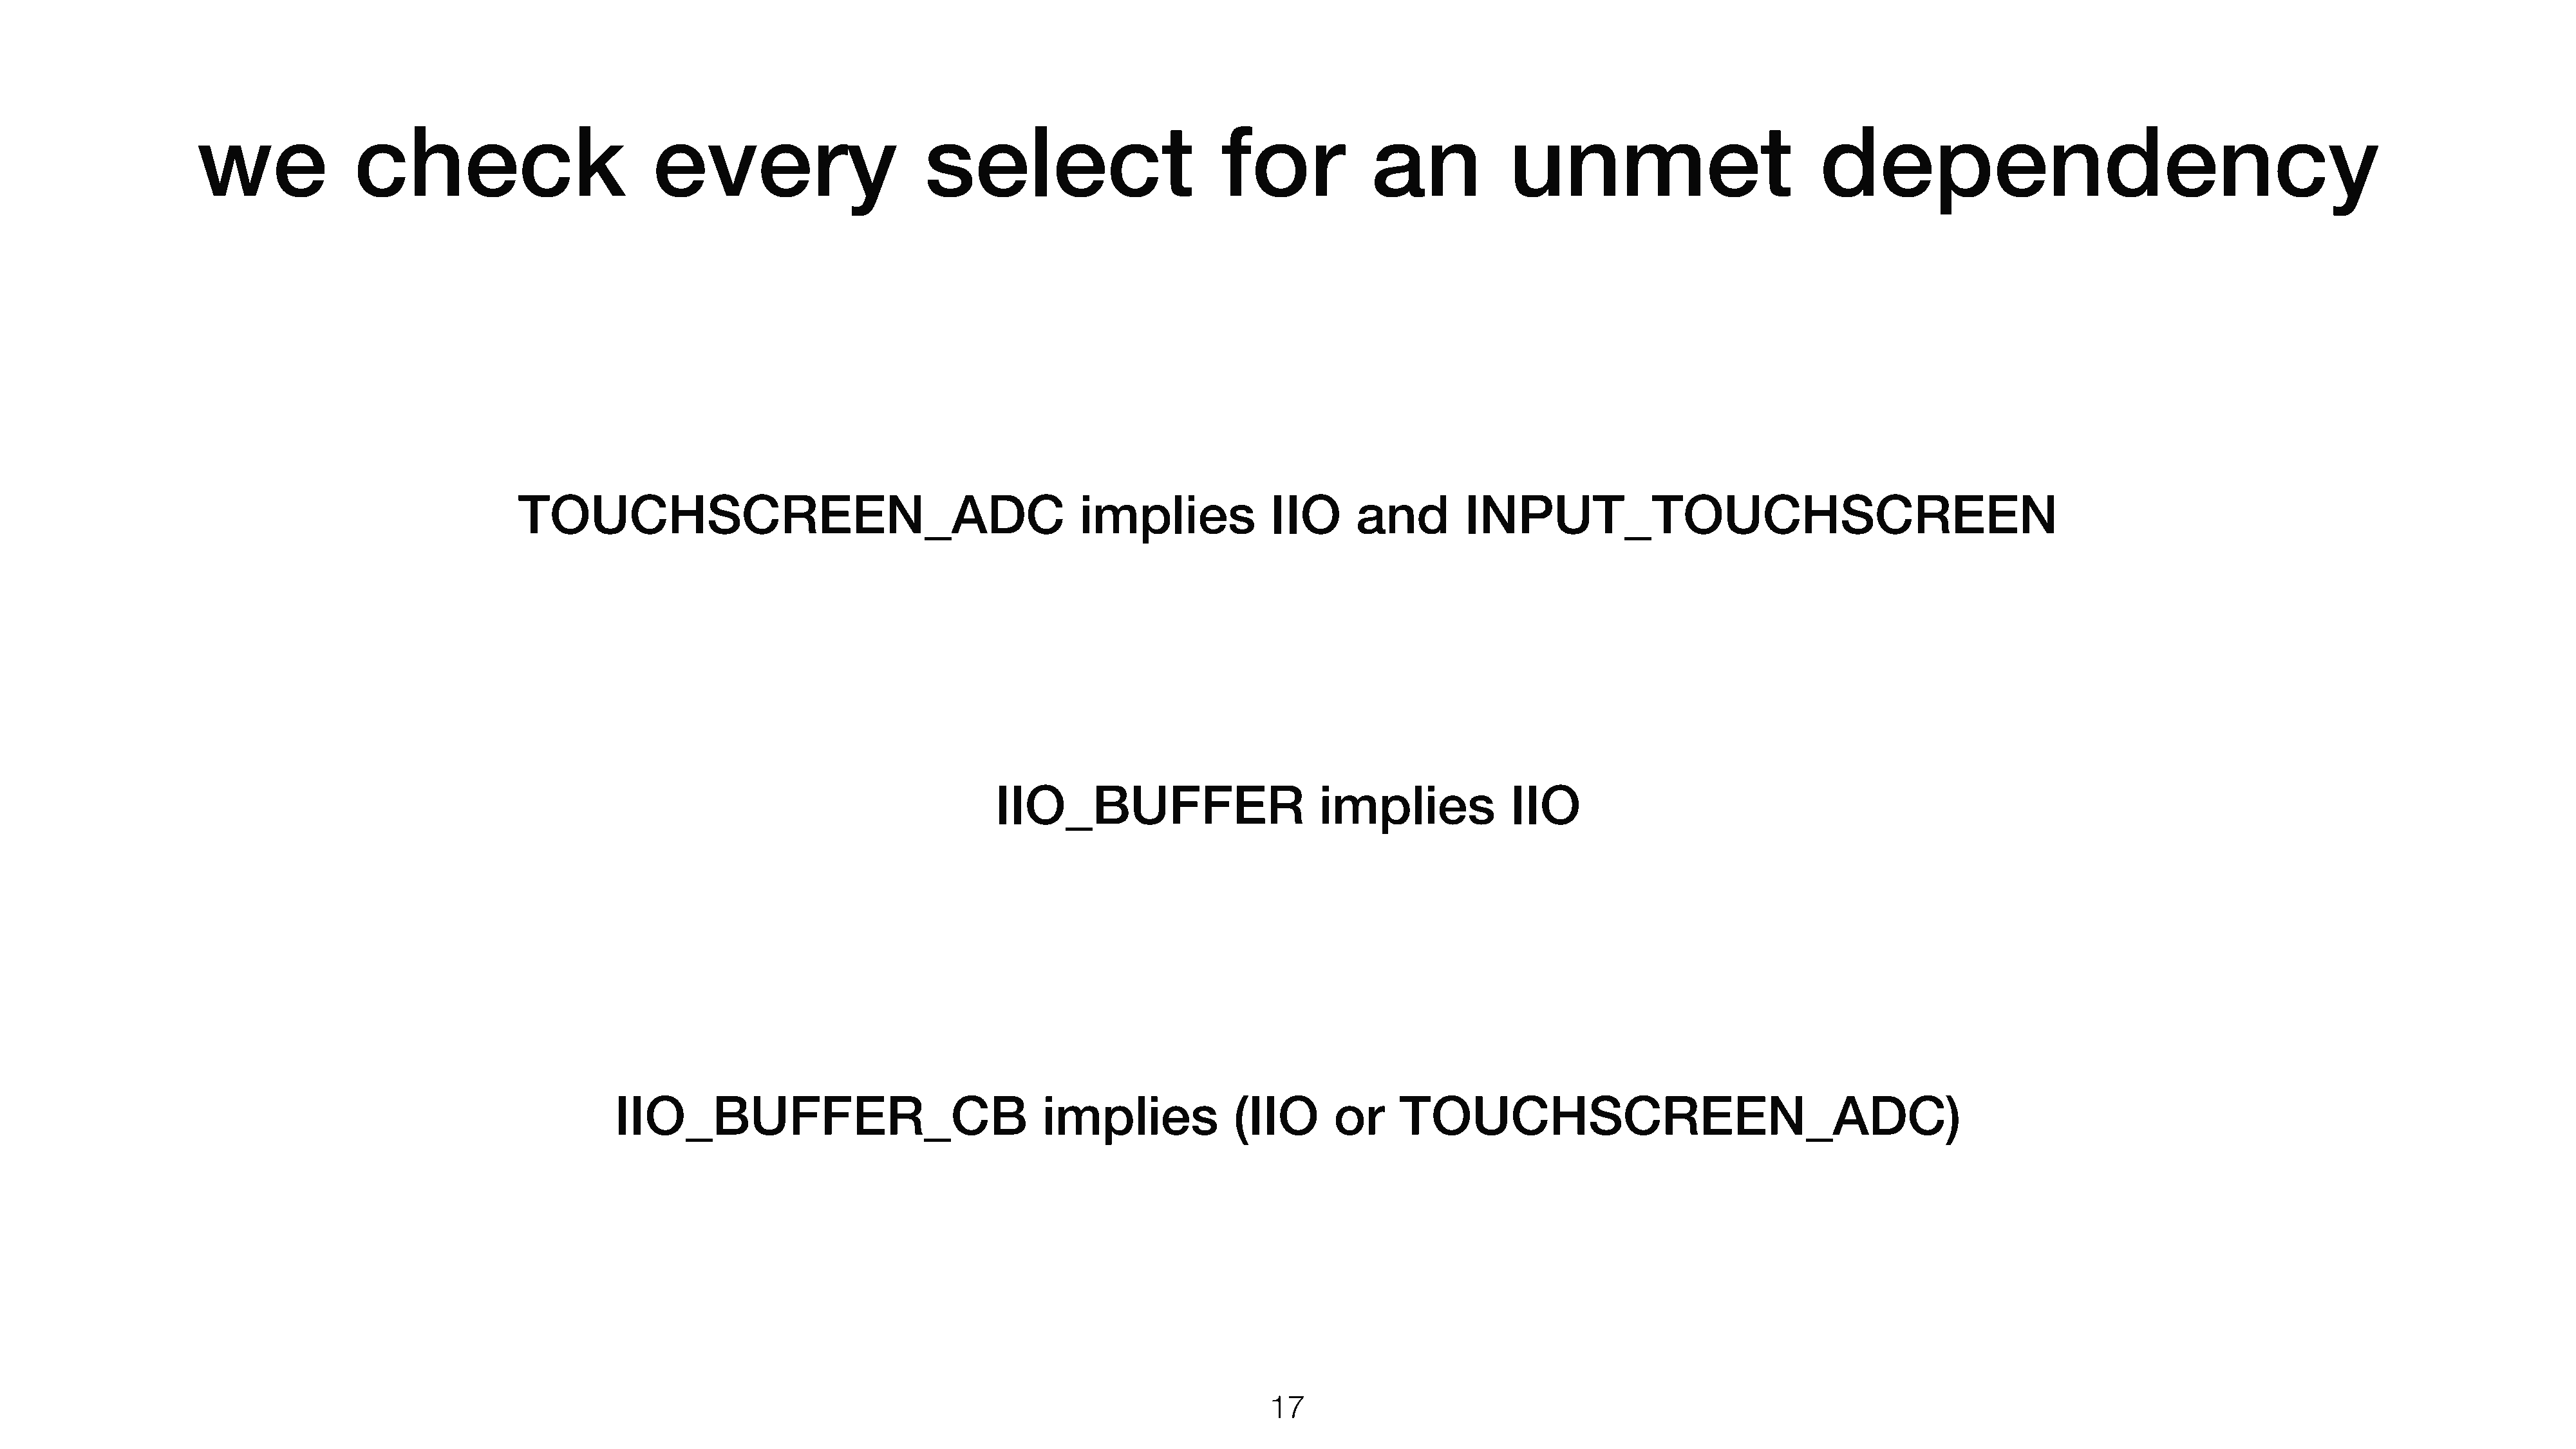
we              check                          every                       select                         for            an            unmet                           dependency
 TOUCHSCREEN_ADC                                           implies             IIO     and         INPUT_TOUCHSCREEN
 IIO_BUFFER                        implies            IIO
 IIO_BUFFER_CB                               implies             (IIO      or     TOUCHSCREEN_ADC)
 111777